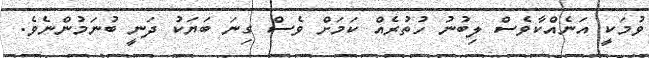
ވުމަކީ އަނެއްކާވެސް ލިބުނު ހުތުރެއް ކަމަށް ވެސް ގިނަ ބަޔަކު ދަނީ ބުނަމުންނެވެ.